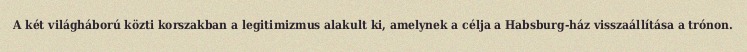
A két világháború közti korszakban a legitimizmus alakult ki, amelynek a célja a Habsburg-ház visszaállítása a trónon.